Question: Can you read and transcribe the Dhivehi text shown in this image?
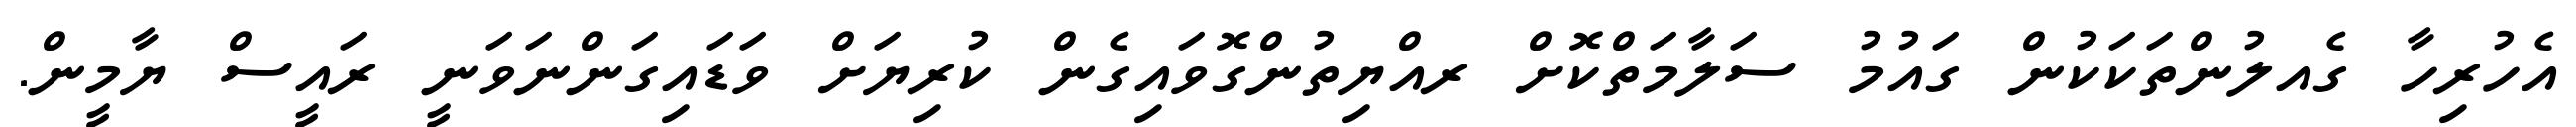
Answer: އެހުރިހާ ގެއލުންތަކަކުން ގައުމު ސަލާމަތްކޮށް ރއްޔިތުންގޮވައިގެން ކުރިޔަށް ވަޑައިގަންނަވަނީ ރައީސް ޔާމީން.